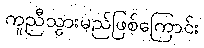
ကူညီသွားမည်ဖြစ်ကြောင်း